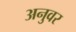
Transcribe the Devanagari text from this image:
अनुवर